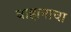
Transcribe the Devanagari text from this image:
वाहानाचा